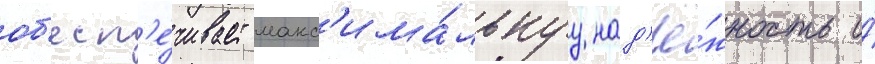
об'есп'е́чивает макс'има́льнуу над'ё́жность и́